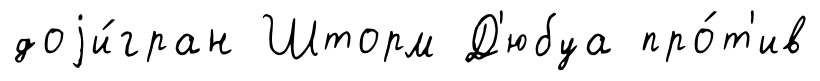
доjи́гран Шторм Д'юбуа про́т'ив